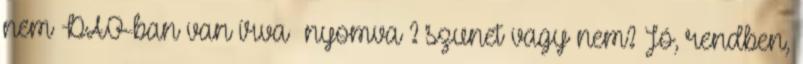
nem DAO-ban van írva nyomva ? szunet vagy nem? Jó, rendben,